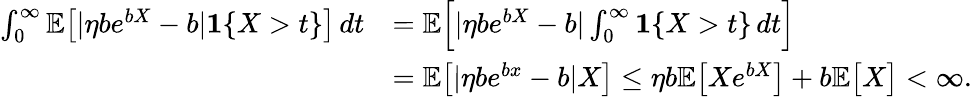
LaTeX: \begin{array}{rl}{\int_{0}^{\infty}\mathbb{E}\big[|\eta be^{bX}-b|\mathbf{1}\{ X>t\} \big]\, dt}&{=\mathbb{E}\Big[|\eta be^{bX}-b|\int_{0}^{\infty}\mathbf{1}\{ X>t\} \, dt\Big]}\\ &{=\mathbb{E}\big[|\eta be^{bx}-b|X\big]\leq\eta b\mathbb{E}\big[Xe^{bX}\big]+b\mathbb{E}\big[X\big]<\infty.}\end{array}